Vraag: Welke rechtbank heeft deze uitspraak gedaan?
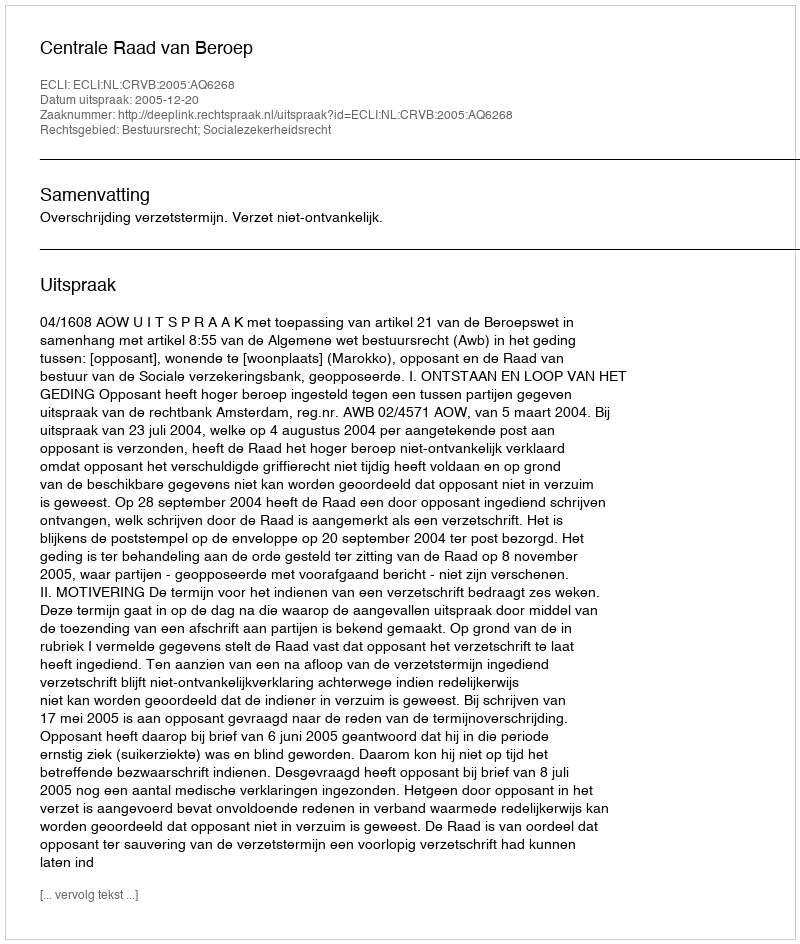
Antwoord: Centrale Raad van Beroep